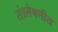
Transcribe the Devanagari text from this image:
संश्लेषणीय